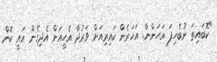
"ކޮބައިތަ ނުބެހިފަ އަހަންނާ. އަހަރެން ކައިރިއަށް ވަރުދާ އެހީއަށް އެދިގެން އައީ ކޮން